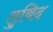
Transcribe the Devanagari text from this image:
तुबिद